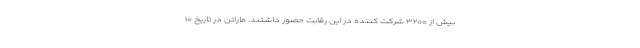
بیش از ۳۲۰۰ شرکت کننده در این رقابت حضور داشتند. ماراتن در تاریخ ۱۰